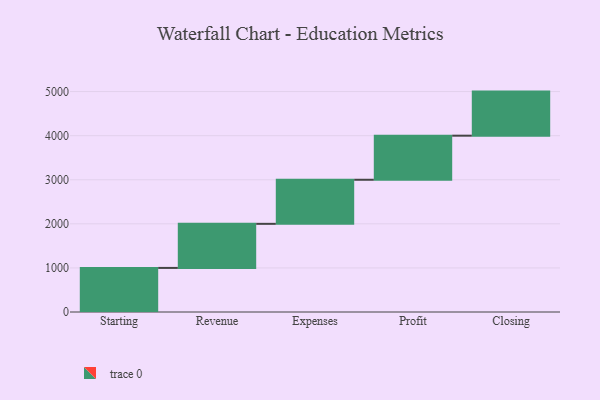
{"axis": {"x": "Step", "y": "Value"}, "legend": [""], "data": [{"x": "Starting", "y": 1000, "type": ""}, {"x": "Revenue", "y": 1000, "type": ""}, {"x": "Expenses", "y": 1000, "type": ""}, {"x": "Profit", "y": 1000, "type": ""}, {"x": "Closing", "y": 1000, "type": ""}]}